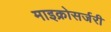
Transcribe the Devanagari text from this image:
माइक्रोसर्जरी